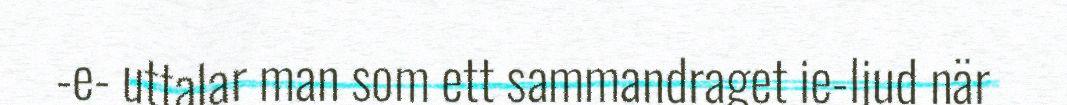
-e- uttalar man som ett sammandraget ie-ljud när